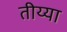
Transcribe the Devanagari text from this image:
तीय्या